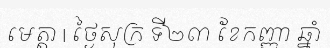
មេត្តា | ថ្ងៃសុក្រ ទី២៣ ខែកញ្ញា ឆ្នាំ